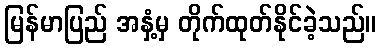
မြန်မာပြည် အနှံ့မှ တိုက်ထုတ်နိုင်ခဲ့သည်။